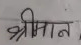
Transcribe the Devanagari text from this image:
श्रीमान